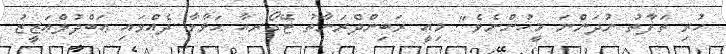
ހުރި ތަފާތު ނުދަންނަ މީހުންނެވެ". މިއީ ރަބިންދްރަނާތު ޓޭގޯރއާ ޙަވާލާ ދެއްވައި ޢަބްދުލްޢަޒީޒު